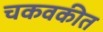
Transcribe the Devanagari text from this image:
चकवकीत